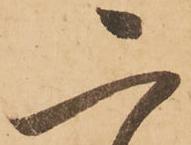
ニ